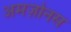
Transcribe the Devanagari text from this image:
अमज़ोनस